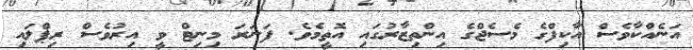
އަނެއްކާވެސް އާކިފްގެ މެސެޖްގެ އިންތިޒާރުގައި އޮތީމެވެ. ފަނަރަ މިނިޓް ވީ އިރުވެސް ރިޕްލައި